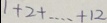
1 + 2 + \cdots + 1 2